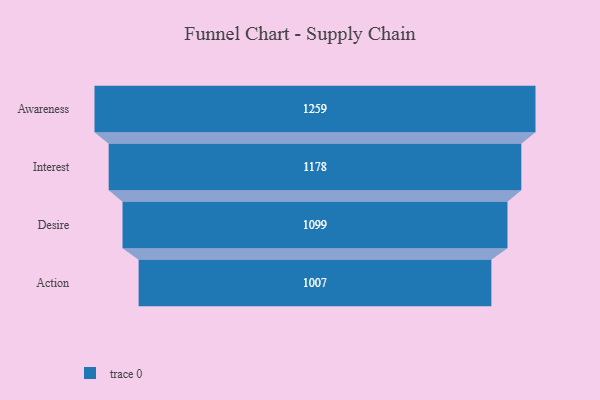
{"axis": {"x": "Stage", "y": "Value"}, "legend": [""], "data": [{"x": "Awareness", "y": 1259.0, "type": ""}, {"x": "Interest", "y": 1178.0, "type": ""}, {"x": "Desire", "y": 1099.0, "type": ""}, {"x": "Action", "y": 1007.0, "type": ""}]}